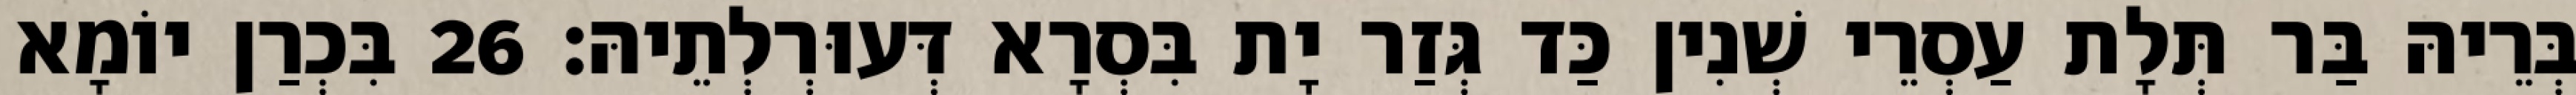
בְּרֵיהּ בַּר תְּלָת עַסְרֵי שְׁנִין כַּד גְּזַר יָת בִּסְרָא דְּעוּרְלְתֵיהּ׃ 26 בִּכְרַן יוֹמָא